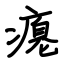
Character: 瘪